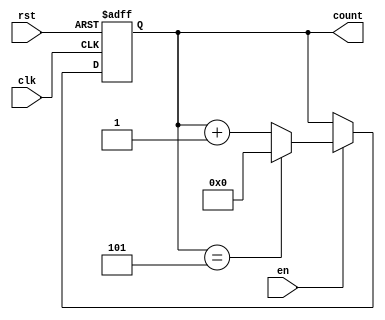

module Counter #(parameter n=4, m=6) (input clk, rst, en , output reg [n-1:0] count); // n bit counter, modulo m
always@(posedge clk, posedge rst)
begin 
if (rst == 1)
count <= 0;
else
begin
    if (en ==1) 
    begin
        if (count == m-1)
        count<=0;
        else 
        count <=count+1;
    end
    else 
    count<=count;
end
end
endmodule